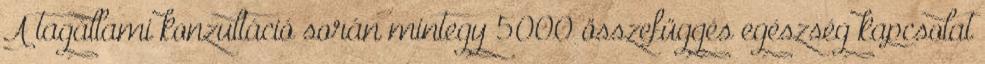
A tagállami konzultáció során mintegy 5000 összefüggés egészség kapcsolat